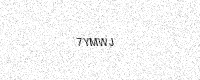
Text: 7YMWJ